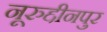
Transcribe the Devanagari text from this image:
नूरुद्दीनपुर